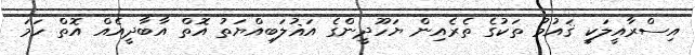
އިސްރާއީލަކީ ޤައުމު ތަކުގެ ތެރެއިން ޔަހޫދީންގެ އަޣުލަބިއްޔަތު އޮތް އާބާދީއެއް އޮތް ހަމަ